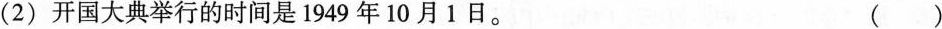
(2)开国大典举行的时间是1949年10月1日。 ()